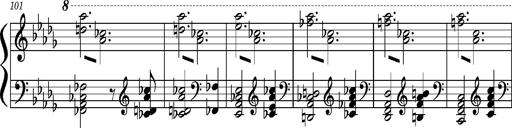
Title: Concerto sans orchestre, S.524a
Composer: Franz Liszt
Key: A major